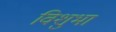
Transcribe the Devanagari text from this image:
विशुभा